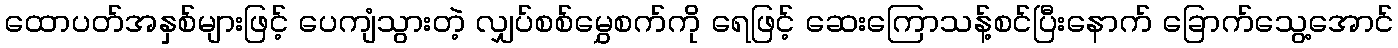
ထောပတ်အနှစ်များဖြင့် ပေကျံသွားတဲ့ လျှပ်စစ်မွှေစက်ကို ရေဖြင့် ဆေးကြောသန့်စင်ပြီးနောက် ခြောက်သွေ့အောင်